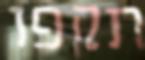
תקפו